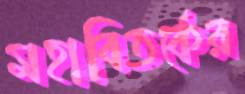
মহাবিতর্কের